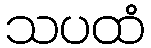
သပထံ